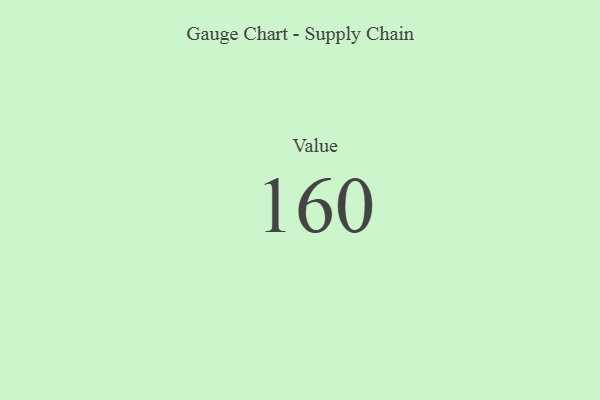
{"axis": {"x": "Metric", "y": "Value"}, "legend": [""], "data": [{"x": "Value", "y": 160, "type": ""}]}